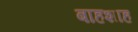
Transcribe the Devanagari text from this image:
बाहशाह